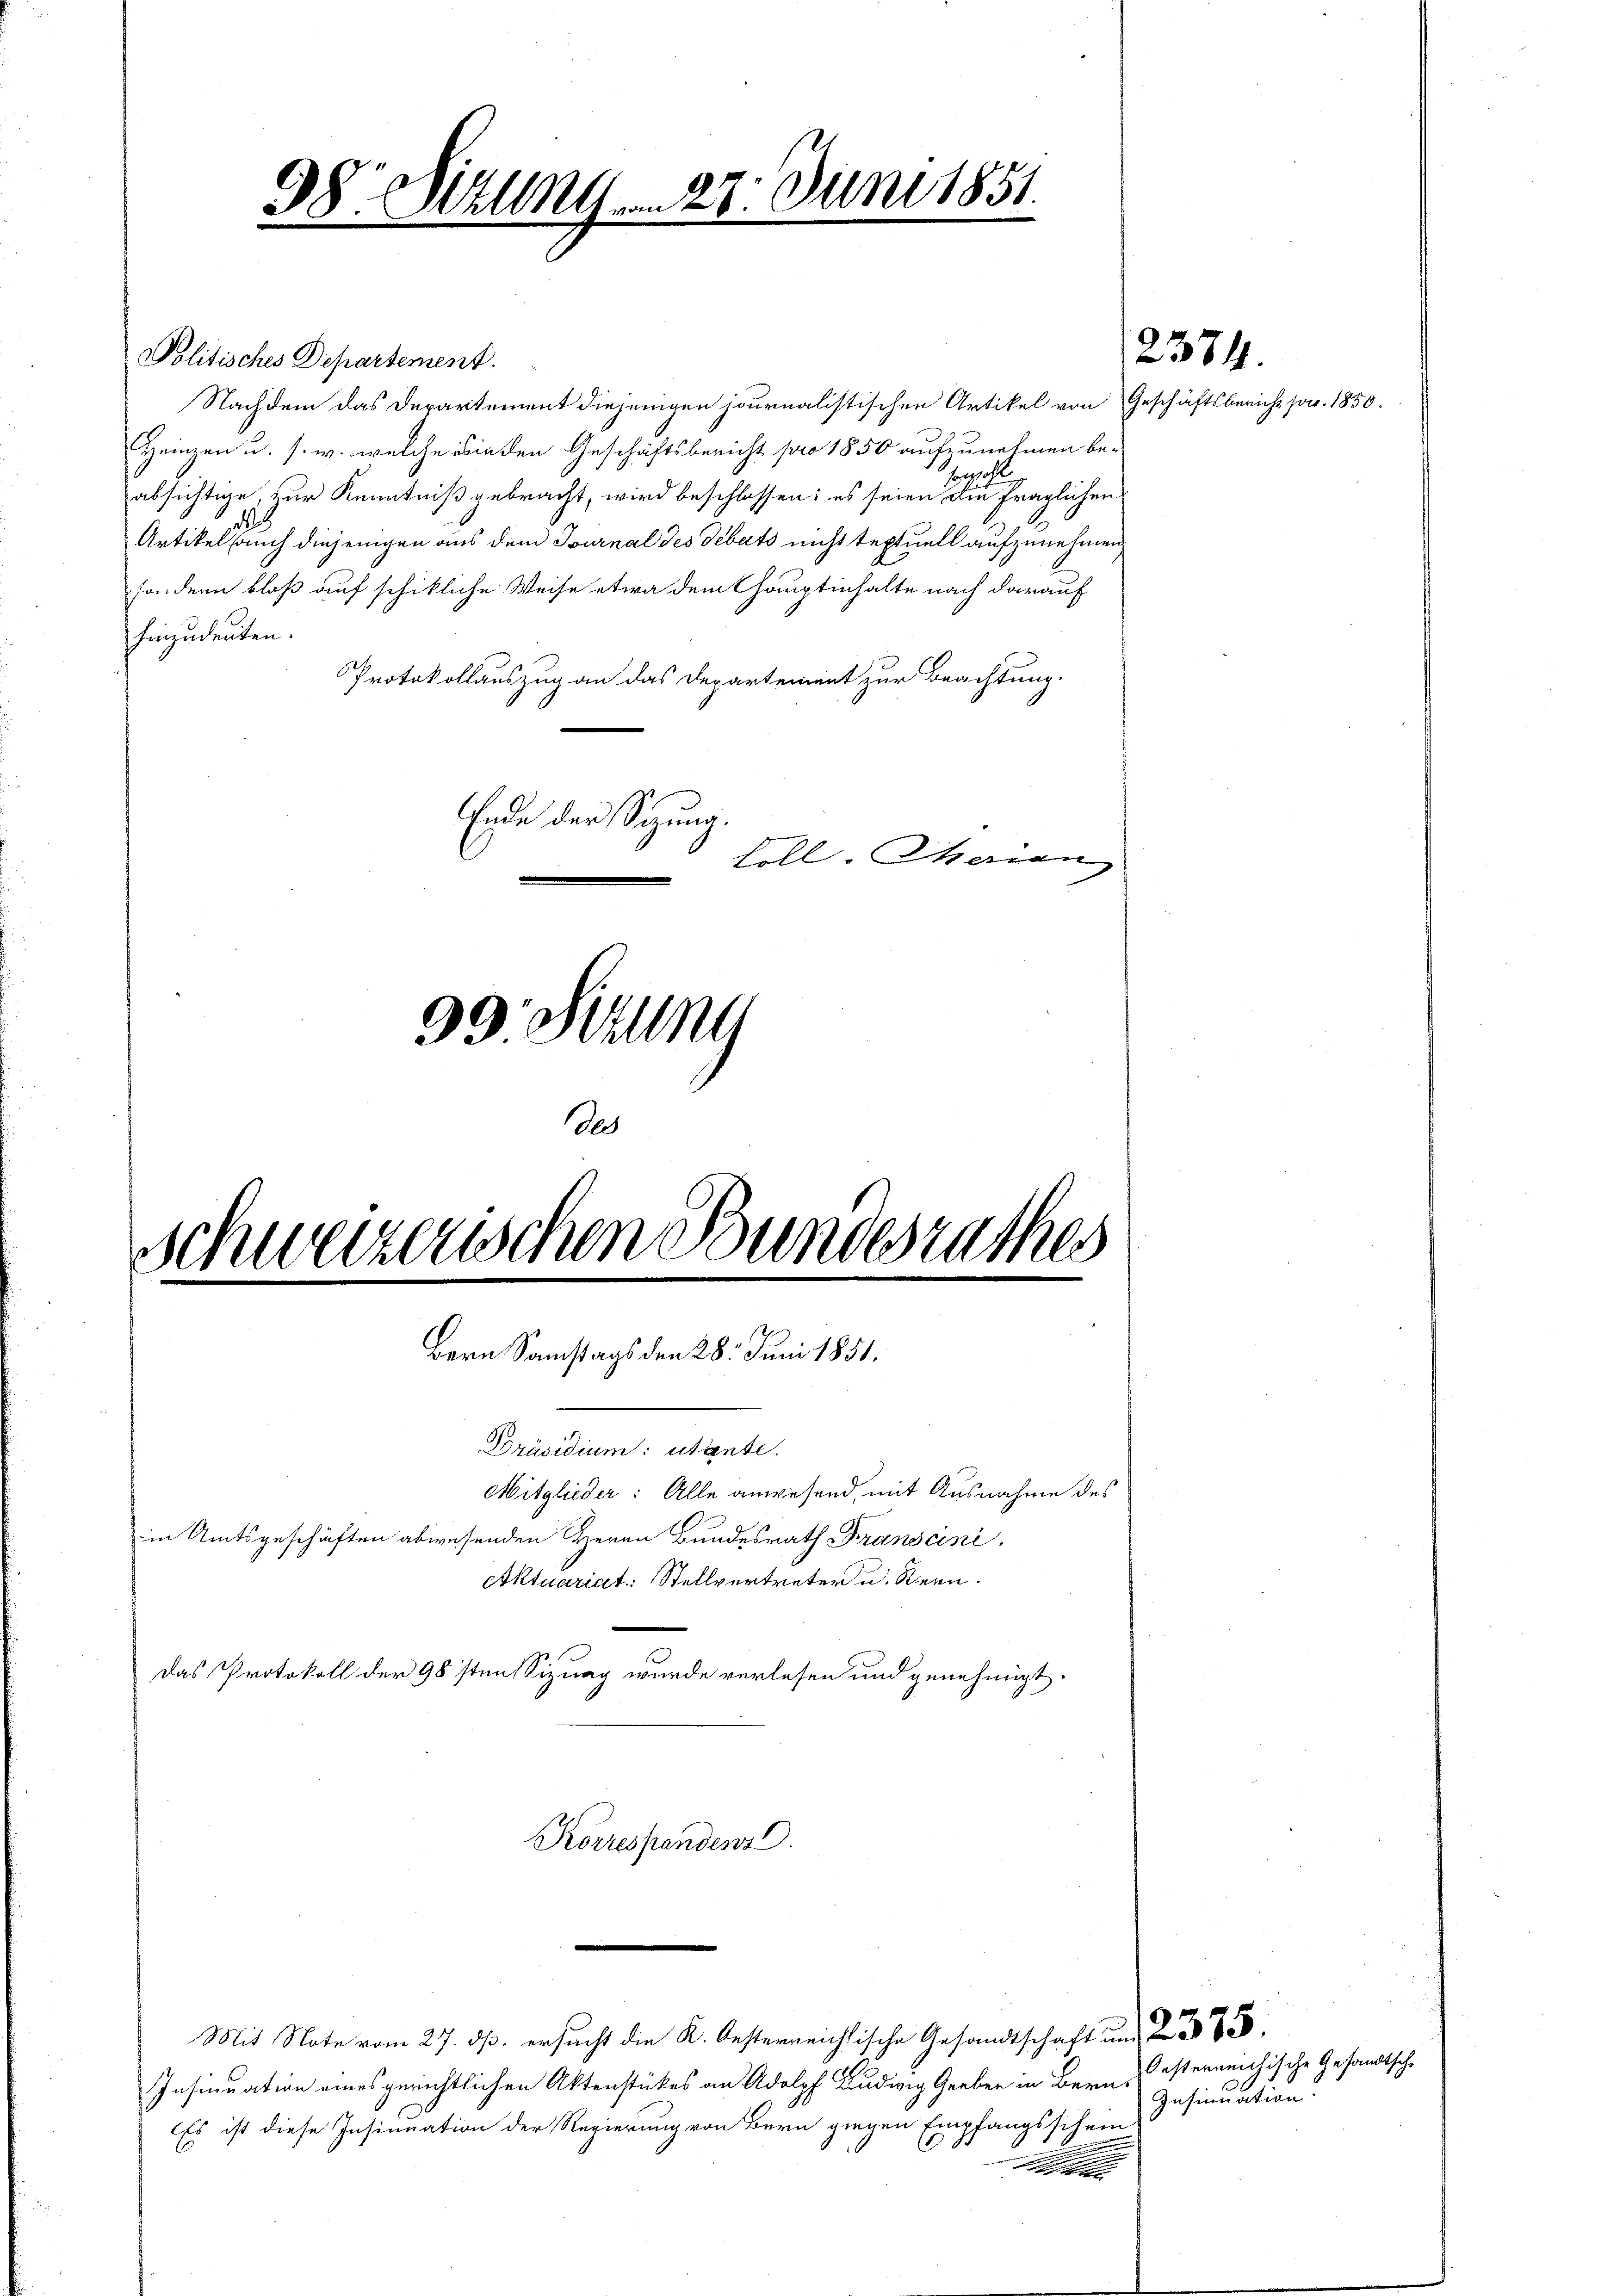
98 Mitten 27. Juni 1851.
.

Politisches Departement.
Nachdem das Departement diejenigen journalistischen Artikel von Geschäftsbericht pr. 1850.
Heinzen u. s. w. welche binden Geschäftsbericht pro 1850 aufzunehmen beabsichtige zur Kenntniß gebracht, wird beschlossen: es seien die fraglichen
Artikel auch diejenigen aus dem Turnal des Debats nicht textuell aufzunehmen,
sondern bloß auf schikliche Weise etwa dem Hauptinhalte nach darauf
hinzudeuten.
Protokollauszug an das Departement zur Beachtung.
Ende der Sitzung.
soll. Merian
39 Sitzung
de

Schweizerischen Bundesrathes
.
Bern Samstags den 28. Juni 1851.

in Amtsgeschäften abwesenden Herrn Bundesrath Franscini,

Präsidium: utante.
Aktuariat Stellvertreter u. Stern.
Das Protokoll der 98sten Sizung wurde verlesen und genehmigt.
Korrespendenz.
Mit Note vom 27. ds. ersucht die K. Oesterreichische Gesandtschaft und
Insinuation eines gerichtlichen Aktenstückes an Adolph Ludwig Geeber in Bern,
Es ist diese Insinuation der Regierung von Bern gingen Empfangsschein

Mitglieder: Alle anwesend, mit Ausnahme des

bezahl

2374.

Oesterreichische Gesandtsche
Insinuation.